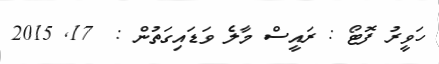
ހަވީރު ފޮޓޯ : ރައީސް މާލެ ވަޑައިގަތުން :  17